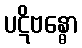
ပဋိဗန္ဓော